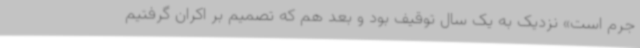
جرم است» نزدیک به یک سال توقیف بود و بعد هم که تصمیم بر اکران گرفتیم